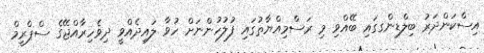
އިސްކަންދަރު ބިލްޑިންގގައި ބޭއްވި މި ރަސްމިއްޔާތުގައި ފުލުހުންނަށް ހުވާ ލައިދެއްވީ ދިވެހިރާއްޖޭގެ ސްޕްރީމް